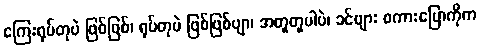
ကြေးရုပ်တုပဲ ဖြစ်ဖြစ်၊ ရုပ်တုပဲ ဖြစ်ဖြစ်ဗျာ၊ အတူတူပါပဲ၊ ခင်ဗျား စကားပြောကိုက